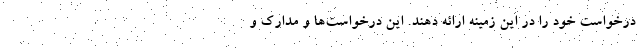
درخواست خود را در این زمینه ارائه دهند. این درخواست‌ها و مدارک و